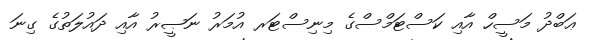
ޢަބްދު މަސީހް އާއި ކަސްޓަމްސްގެ މިނިސްޓަރ އުމަރު ނަޞީރު އާއި ދައުލަތުގެ ގިނަ